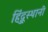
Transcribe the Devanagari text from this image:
हिंदूुस्थानी